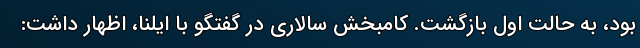
بود، به حالت اول بازگشت. کامبخش سالاری در گفتگو با ایلنا، اظهار داشت: